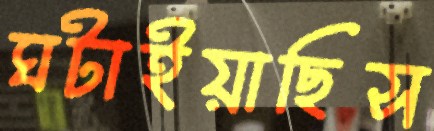
ঘটাইয়াছিস